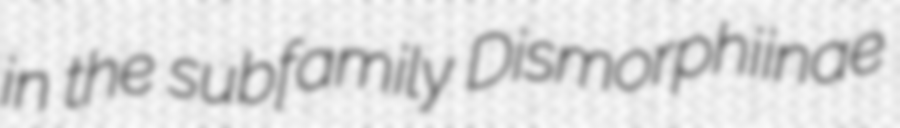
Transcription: in the subfamily Dismorphiinae